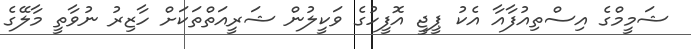
ޝަމީމްގެ އިސްތިއުފާއާ އެކު ޕީޖީ އޮފީހުގެ ވަކީލުން ޝަރީއަތްތަކަށް ހާޒިރު ނުވާތީ މާލޭގެ